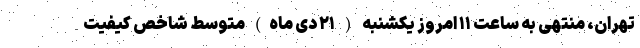
تهران، منتهی به ساعت ۱۱ امروز یکشنبه ( ۲۱ دی ماه) متوسط شاخص کیفیت